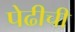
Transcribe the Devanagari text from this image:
पेढीची